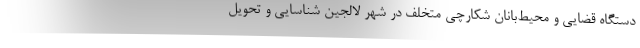
دستگاه قضایی و محیط‌بانان شکارچی متخلف در شهر لالجین شناسایی و تحویل